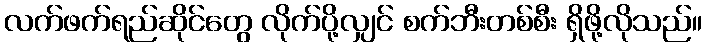
လက်ဖက်ရည်ဆိုင်တွေ လိုက်ပို့လျှင် စက်ဘီးတစ်စီး ရှိဖို့လိုသည်။